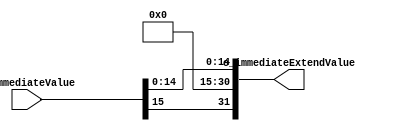
module signExtend
#(
    parameter DATA_LEN = 32,
    parameter IMMEDIATE_LEN = 16
)
(
    input wire [IMMEDIATE_LEN-1:0] i_immediateValue,
    output wire [DATA_LEN-1:0] o_immediateExtendValue
);

assign o_immediateExtendValue = 
    {i_immediateValue[IMMEDIATE_LEN-1],{DATA_LEN-IMMEDIATE_LEN{1'b0}},i_immediateValue[IMMEDIATE_LEN-2:0]};

endmodule